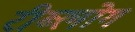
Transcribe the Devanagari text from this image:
रीब्लोग